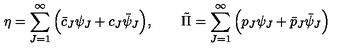
\eta = \sum _ { J = 1 } ^ { \infty } \Big ( \bar { c } _ { J } \psi _ { J } + c _ { J } \bar { \psi } _ { J } \Big ) , \qquad \tilde { \Pi } = \sum _ { J = 1 } ^ { \infty } \Big ( { p } _ { J } \psi _ { J } + \bar { p } _ { J } \bar { \psi } _ { J } \Big )